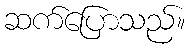
ဆက်ပြောသည်။